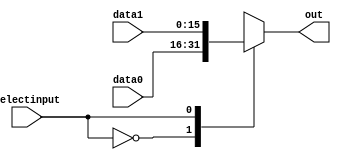
module mux16x1(data0,data1,selectinput,out);
input [15:0] data0,data1;
input selectinput;
output reg [15:0] out;
always @(*)
begin
case (selectinput)
0:
	out = data0;
1:
	out = data1;
default:
	out = data0;
endcase
end
endmodule